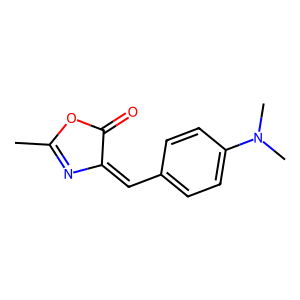
SMILES: CC1=NC(=Cc2ccc(N(C)C)cc2)C(=O)O1
Inhibits HIV replication: No